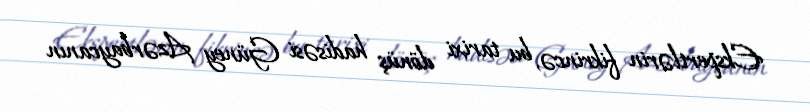
Ekspertlərin fikrincə, bu tarixi dönüş hadisəsi Güney Azərbaycanın